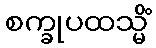
စက္ခုပထသ္မိံ